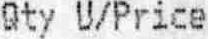
QTY U/PRICE